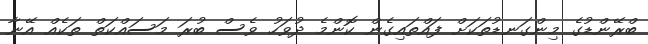
ބްރޭންޑުގެ މިންގަނޑުތަކަށް ފައްތައިގެން ކޮންމެ ދުވަހު ވެސް ބުރަ މަސައްކަތް ތަކެއް އޭނާ